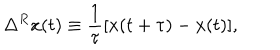
\Delta ^ { R } x ( t ) \equiv \frac { 1 } { \tau } [ x ( t + \tau ) - x ( t ) ] ,